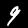
Label: 9